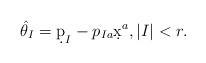
LaTeX: \begin{gather*}\hat\theta_I = \d p_I - p_{Ia}\d x^a, |I| < r .\end{gather*}